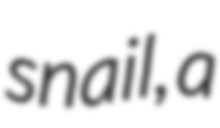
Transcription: snail, a